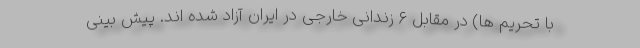
با تحریم ها) در مقابل ۶ زندانی خارجی در ایران آزاد شده اند. پیش بینی